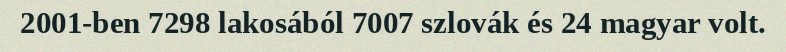
2001-ben 7298 lakosából 7007 szlovák és 24 magyar volt.